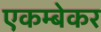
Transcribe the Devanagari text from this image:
एकम्बेकर